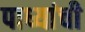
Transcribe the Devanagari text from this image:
पाध्यांची